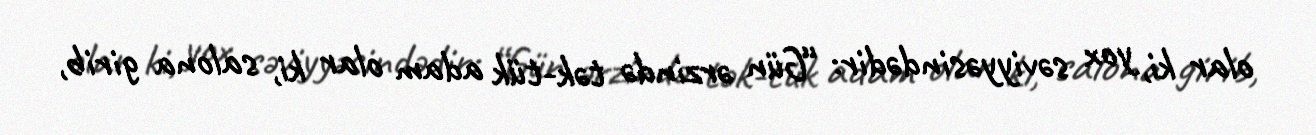
olar ki, yox səviyyəsindədir: “Gün ərzində tək-tük adam olar ki, salona girib,